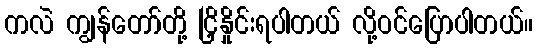
ကလဲ ကျွန်တော်တို့ ငြှိနှိုင်းရပါတယ် လို့ဝင်ပြောပါတယ်။